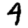
Digit: 4